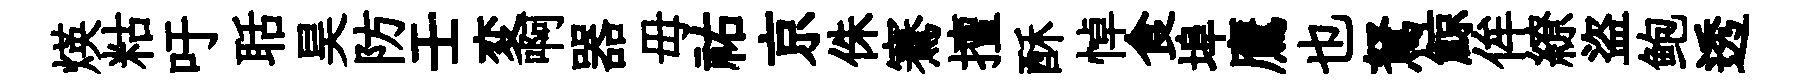
煐䊀吁聒昊防壬変啊器毋祐京侏騫擅酥悼食埠鷹也駑鯨侔繚盜鲍透